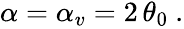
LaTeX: \begin{array}{r}{\alpha=\alpha_{v}=2\, \theta_{0}\ .}\end{array}